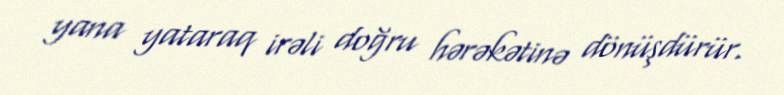
yana yataraq irəli doğru hərəkətinə dönüşdürür.